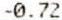
-0.72